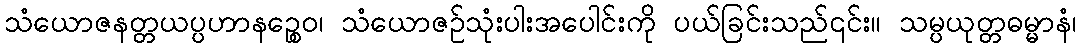
သံယောဇနတ္တယပ္ပဟာနဉ္စေဝ၊ သံယောဇဉ်သုံးပါးအပေါင်းကို ပယ်ခြင်းသည်၎င်း။ သမ္ပယုတ္တဓမ္မာနံ၊